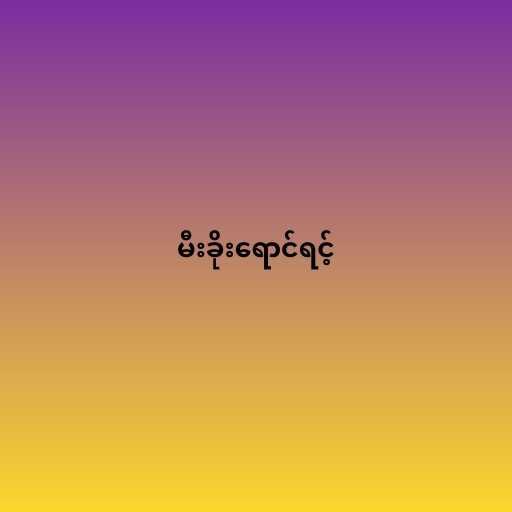
မီးခိုးရောင်ရင့်